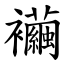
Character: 襺